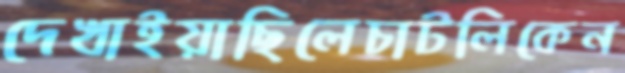
দেখাইয়াছিলেচাটলিকেন